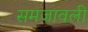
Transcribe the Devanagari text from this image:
समजावली